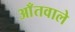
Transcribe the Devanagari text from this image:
आँतवाले